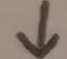
\downarrow